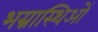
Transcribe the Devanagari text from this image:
भग्नास्थिओं